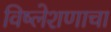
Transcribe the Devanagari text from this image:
विष्लेशणाचा